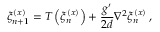
\xi _ { n + 1 } ^ { ( x ) } = T \left( \xi _ { n } ^ { ( x ) } \right) + \frac { g ^ { \prime } } { 2 d } \nabla ^ { 2 } \xi _ { n } ^ { ( x ) } \, ,